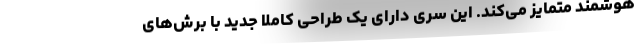
هوشمند متمایز می‌کند. این سری دارای یک طراحی کاملا جدید با برش‌های